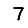
Digit: 7